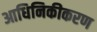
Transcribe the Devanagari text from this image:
आधिनिकीकरण